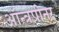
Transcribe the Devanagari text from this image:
ऑन्त्रप्रीनर